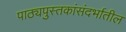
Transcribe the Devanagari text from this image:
पाठ्यपुस्तकांसंदर्भातील